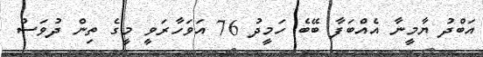
އަބްދު ޔާމީނާ އެއްބަފާ ބޭބެ ހަމީދު 76 އަވަހާރަވީ މީގެ ތިން ދުވަސް